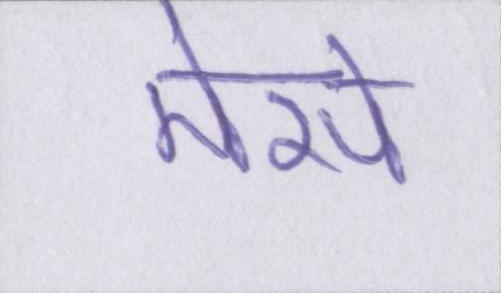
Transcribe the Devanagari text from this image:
मेसे